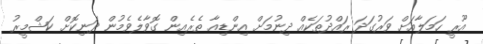
އޫރީ ހަމަލާއަށް ވަރުގަދަ ރައްދުތަކެއް ދިނުމަށް އިންޑިއާ ތެރެއިން ގޮވާލެވެމުން ދަނިކޮށް ކަޝްމީރު